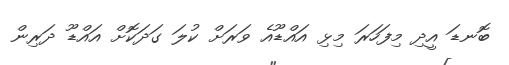
ބޮނޑަ އީދި މިފަހަރަ މިޅި އައްޑޫއެ ވަރަށް ކުލަ ގަދަކޮށް އައްޑޫ ދަރިން